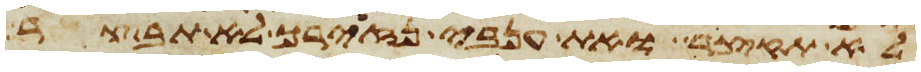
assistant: לא תקצר ואת ענבי נזיריך לא תבצר